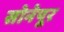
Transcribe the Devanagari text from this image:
सोनेपूर